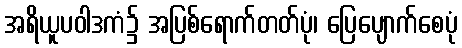
အရိယူပဝါဒကံ၌ အပြစ်ရောက်တတ်ပုံ၊ ပြေပျောက်စေပုံ